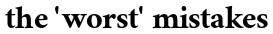
the 'worst' mistakes